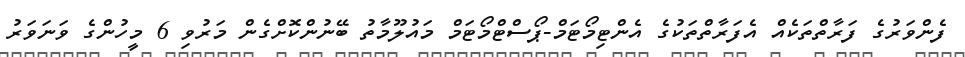
ފެންވަރުގެ ފަރާތްތަކެއް އެފަރާތްތަކުގެ އެންޓިމޯޓަމް-ޕޯސްޓްމޯޓަމް މައުލޫމާތު ބޭނުންކޮށްގެން މަރުވި 6 މީހުންގެ ވަނަވަރު